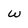
Character: w